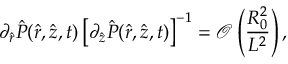
\partial _ { \hat { r } } \hat { P } ( \hat { r } , \hat { z } , t ) \left[ \partial _ { \hat { z } } \hat { P } ( \hat { r } , \hat { z } , t ) \right] ^ { - 1 } = \mathcal { O } \left( \frac { R _ { 0 } ^ { 2 } } { L ^ { 2 } } \right) ,